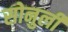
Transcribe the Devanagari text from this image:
सोनुर्ली